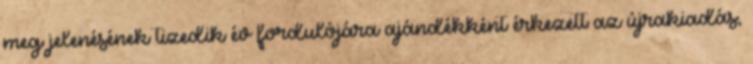
meg­ jelenésének tizedik év­ fordulójára ajándékként érkezett az újrakiadás,